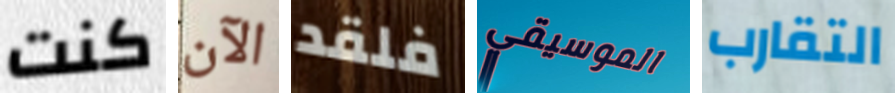
كنت الآن فلقد الموسيقي التقارب